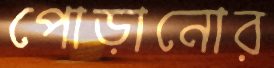
পোড়ানোর